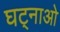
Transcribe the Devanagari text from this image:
घट्नाओ